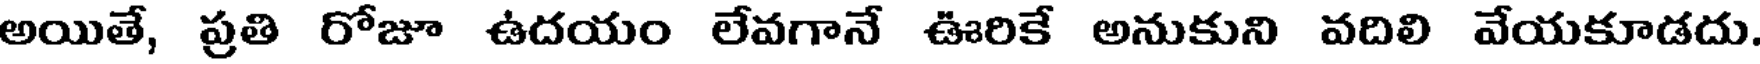
అయితే, ప్రతి రోజూ ఉదయం లేవగానే ఊరికే అనుకుని వదిలి వేయకూడదు.